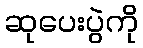
ဆုပေးပွဲကို